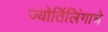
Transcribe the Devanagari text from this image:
ज्‍योर्तिलिंगाचे